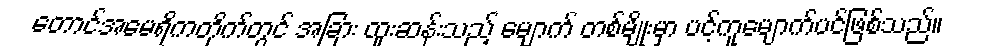
တောင်အမေရိကတိုက်တွင် အခြား ထူးဆန်းသည့် မျောက် တစ်မျိုးမှာ ပင့်ကူမျောက်ပင်ဖြစ်သည်။